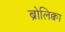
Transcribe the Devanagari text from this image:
ब्रोलिक्वा